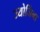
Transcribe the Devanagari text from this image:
ज्योर्जिना